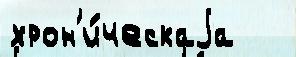
хрон'и́ческаjа